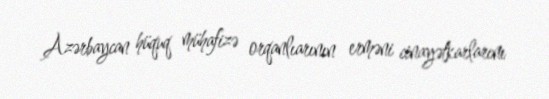
Azərbaycan hüquq mühafizə orqanlıarının erməni cinayətkarlarını